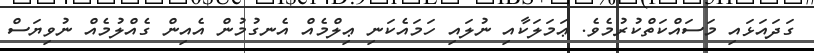
ގަދައަޅައި މަސައްކަތްކުރުމެވެ. ޢަމަލަކާއި ނުލައި ހަމައެކަނި ޢިލްމެއް އެނގުމުން އެއިން ގެއްލުމެއް ނުވިޔަސް